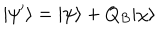
| \psi ^ { \prime } \rangle = | \psi \rangle + Q _ { B } | \chi \rangle